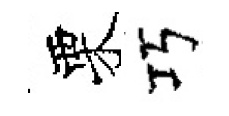
栗巧